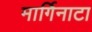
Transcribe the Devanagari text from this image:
मार्गिनाटा